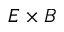
E \times B